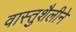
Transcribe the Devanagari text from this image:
वास्तुशैलीने